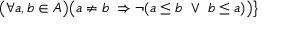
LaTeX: { \big ( } \forall a , b \in A { \big ) } { \big ( } a \neq b \ \Rightarrow \neg ( a \leq b \ \vee \ b \leq a ) { \big ) } { \big \} }